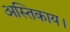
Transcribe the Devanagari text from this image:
अस्तिकाय।